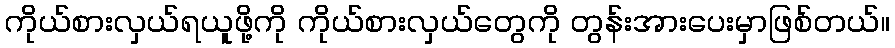
ကိုယ်စားလှယ်ရယူဖို့ကို ကိုယ်စားလှယ်တွေကို တွန်းအားပေးမှာဖြစ်တယ်။